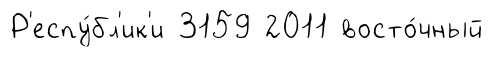
Р'еспу́бл'ик'и 3159 2011 восто́чный